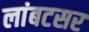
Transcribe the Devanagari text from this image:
लांबटसर